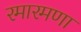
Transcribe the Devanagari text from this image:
रमारमणा